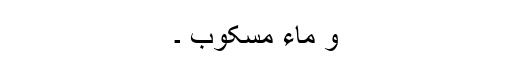
وَ مَاء مَّسْکُوبٍ ۔